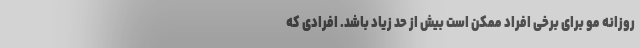
روزانه مو برای برخی افراد ممکن است بیش از حد زیاد باشد. افرادی که